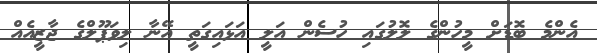
އެންމެ ބޮޑަށް މީހުންގެ ލޮލުގައި ހުސެން އަލީ އަޅައިގަތީ އޭނާ ލިވަޕޫލްގެ ޖާޒީއެއް